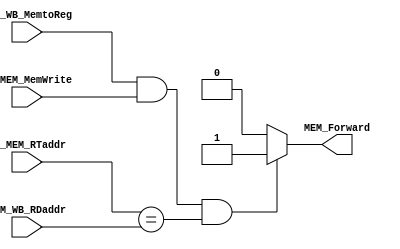
module MEM_ForwardingUnit( MEM_WB_MemtoReg , EX_MEM_MemWrite , EX_MEM_RTaddr , MEM_WB_RDaddr , MEM_Forward );

input MEM_WB_MemtoReg ;
input EX_MEM_MemWrite ;
input [2:0] EX_MEM_RTaddr ;
input [2:0] MEM_WB_RDaddr ;

output MEM_Forward ; 

assign MEM_Forward = ( MEM_WB_MemtoReg & EX_MEM_MemWrite & ( EX_MEM_RTaddr == MEM_WB_RDaddr)) ? 1'b1 : 1'b0;

endmodule